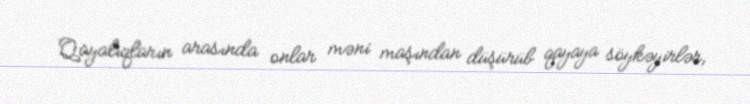
Qayalıqların arasında onlar məni maşından düşürüb qayaya söykəyirlər,